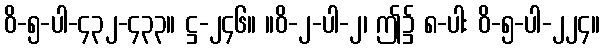
ဝိ-၅-ပါ-၄၃၂-၄၃၃။ ဋ္ဌ-၂၄၆။ ။ဝိ-၂-ပါ-၂၊ ဤ၌ ၈-ပါး ဝိ-၅-ပါ-၂၂၄။